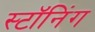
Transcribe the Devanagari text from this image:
स्टॉनिंग